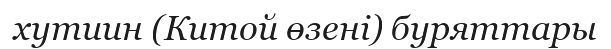
хутиин (Китой өзені) буряттары